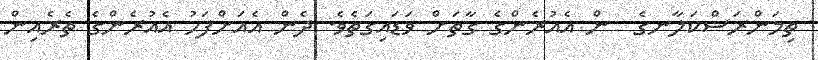
ތިމަންރަސްކަލާނގެ  ން އެއުރެންގެ ގާތަށް ވަޑައިގަތެވެ. ދެން އެއަށްފަހު އެއުރެންގެ ތެރެއިން